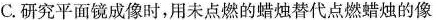
C.研究平面镜成像时，用未点燃的蜡烛替代点燃蜡烛的像